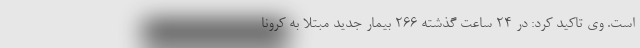
است. وی تاکید کرد: در ۲۴ ساعت گذشته ۲۶۶ بیمار جدید مبتلا به کرونا